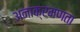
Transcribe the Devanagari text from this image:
अनाक्रमणता